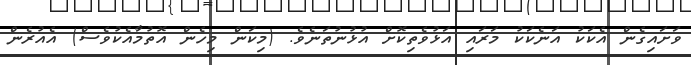
ވަށައިގެން އެކަކު އަނެކަކު މަރައި އަޅުވެތިކޮށް އުޅުނުތަނެވެ. (މިކަން މިހެން އޮތުމާއެކުވެސް) އެއުރެން